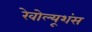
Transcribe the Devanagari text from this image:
रेवोल्यूशंस